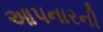
આપનારની